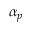
\alpha _ { p }